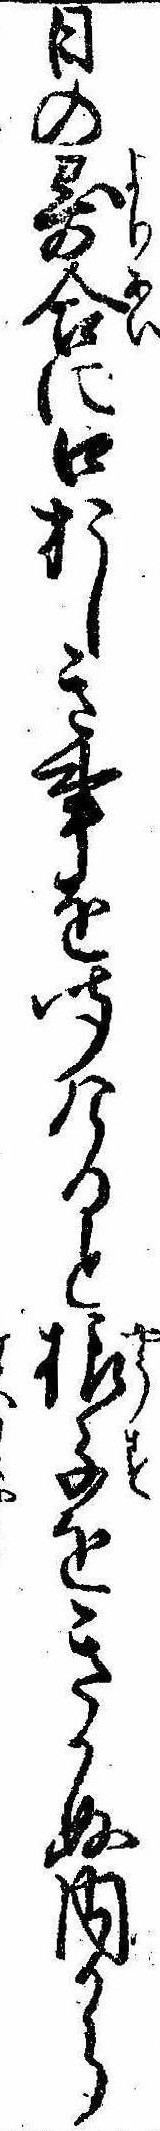
日の寄合に口おしき事を聞けると様子をきかぬ内から